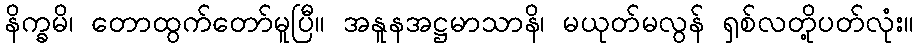
နိက္ခမိ၊ တောထွက်တော်မူပြီ။ အနူနအဋ္ဌမာသာနိ၊ မယုတ်မလွန် ရှစ်လတို့ပတ်လုံး။